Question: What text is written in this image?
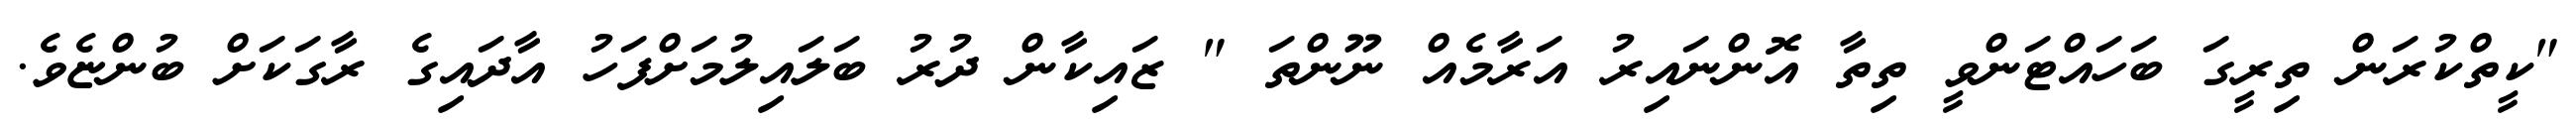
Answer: "ކީތްކުރަން ތިރީގަ ބަހައްޓަންވީ ތިތާ އޮންނައިރު އަރާމެއް ނޫންތަ " ޒައިކާން ދުރު ބަލައިލުމަށްފަހު އާދައިގެ ރާގަކަށް ބުންޏެވެ.